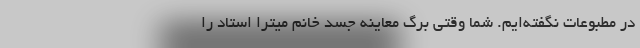
در مطبوعات نگفته‌ایم. شما وقتی برگ معاینه جسد خانم میترا استاد را